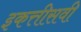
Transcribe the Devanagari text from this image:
इकत्तीसवी